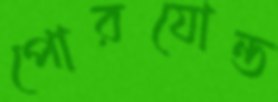
পোরযোন্ত